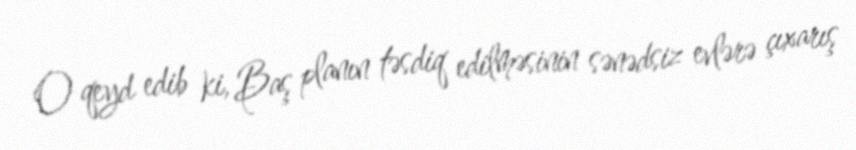
O qeyd edib ki, Baş planın təsdiq edilməsinin sənədsiz evlərə çıxarış